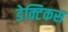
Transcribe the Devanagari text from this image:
डेक्टिकस